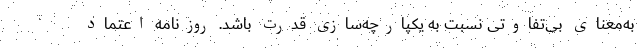
به‌معنای بی‌تفاوتی نسبت به یکپارچه‌سازی قدرت باشد. روزنامه اعتماد